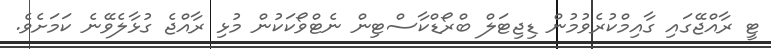
ޓީ ރާއްޖޭގައި ގާއިމްކުރެވުމުން ޑިޖިޓަލް ބްރޯޑްކާސްޓިން ނެޓްވޯކަކުން މުޅި ރާއްޖެ ގުޅާލެވޭނެ ކަމަށެވެ.